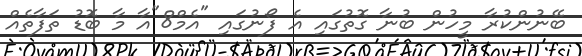
ބޭނުންކުރާ މީހުން ބުނާ ގޮތުގައި އެ ފޯނުގައި "އެމް8"އާ މާ ބޮޑު ތަފާތެއް